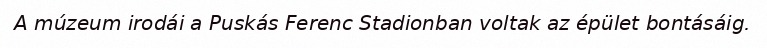
A múzeum irodái a Puskás Ferenc Stadionban voltak az épület bontásáig.